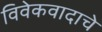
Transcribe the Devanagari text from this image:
विवेकवादाचे